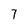
Character: 7